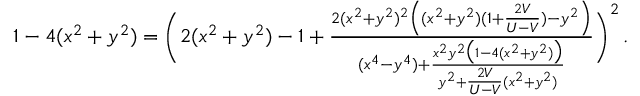
\begin{array} { r } { 1 - 4 ( x ^ { 2 } + y ^ { 2 } ) = \Bigg ( 2 ( x ^ { 2 } + y ^ { 2 } ) - 1 + \frac { 2 ( x ^ { 2 } + y ^ { 2 } ) ^ { 2 } \Big ( ( x ^ { 2 } + y ^ { 2 } ) ( 1 + \frac { 2 V } { U - V } ) - y ^ { 2 } \Big ) } { ( x ^ { 4 } - y ^ { 4 } ) + \frac { x ^ { 2 } y ^ { 2 } \big ( 1 - 4 ( x ^ { 2 } + y ^ { 2 } ) \big ) } { y ^ { 2 } + \frac { 2 V } { U - V } ( x ^ { 2 } + y ^ { 2 } ) } } \Bigg ) ^ { 2 } \, . } \end{array}